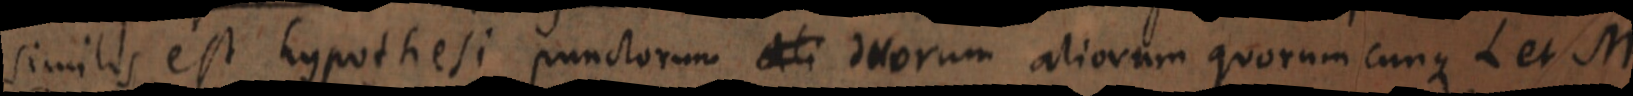
similes est hypothesi punctorum ali duorum aliorum quorum cunque L et M